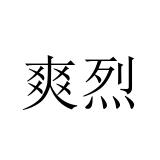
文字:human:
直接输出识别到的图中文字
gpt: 爽烈